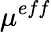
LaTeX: \mu^{eff}